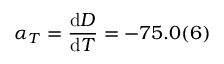
\alpha _ { T } = \frac { \mathrm { d } D } { \mathrm { d } T } = - 7 5 . 0 ( 6 )